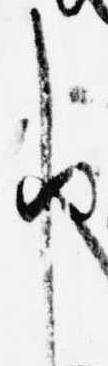
申